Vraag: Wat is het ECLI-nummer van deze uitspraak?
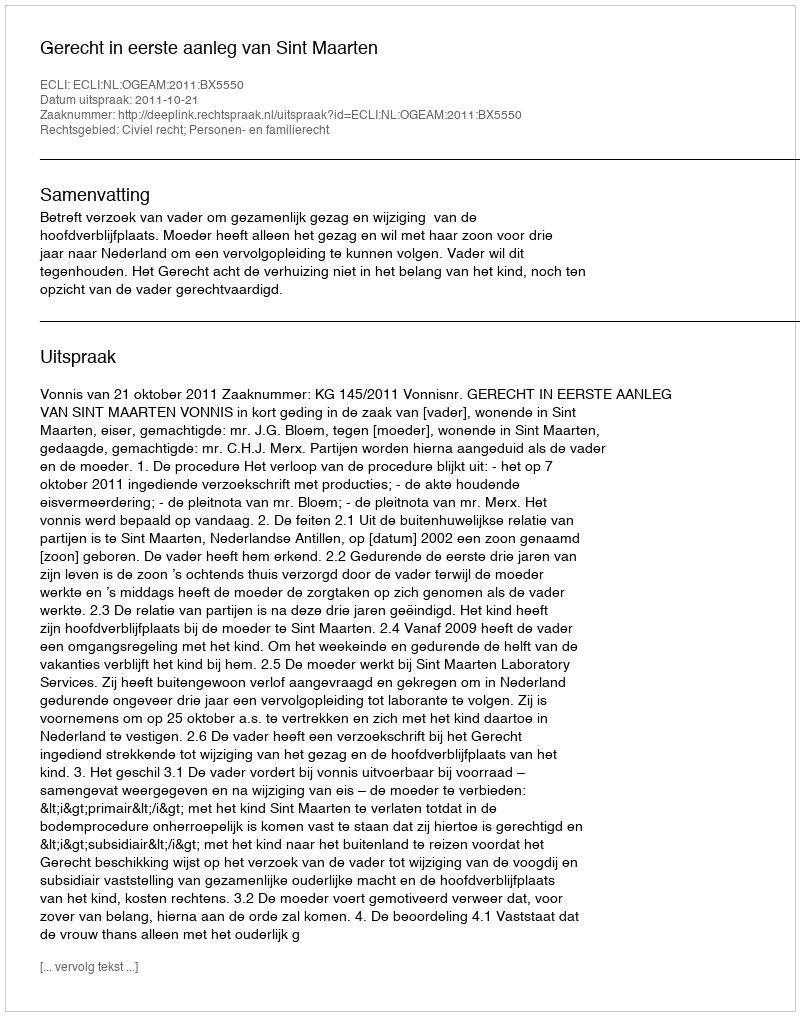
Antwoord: ECLI:NL:OGEAM:2011:BX5550